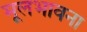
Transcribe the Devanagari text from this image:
मूलभावना